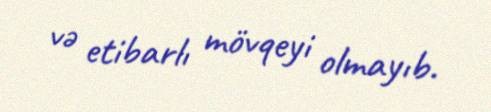
və etibarlı mövqeyi olmayıb.